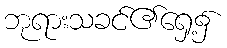
ဘုရားသခင်၏ရှေ့၌